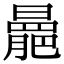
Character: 𣋍